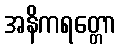
အနိကရတ္တော